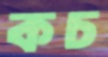
কচ